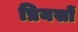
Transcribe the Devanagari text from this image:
प्रियसों